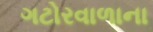
ગટોરવાળાના